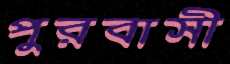
পুরবাসী